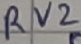
Text: RV2